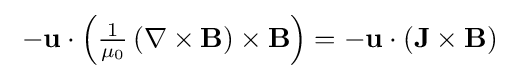
{\textstyle \;-\mathbf {u} \cdot \left({\tfrac {1}{\mu _{0}}}\left(\nabla \times \mathbf {B} \right)\times \mathbf {B} \right)=-\mathbf {u} \cdot \left(\mathbf {J} \times \mathbf {B} \right)~}